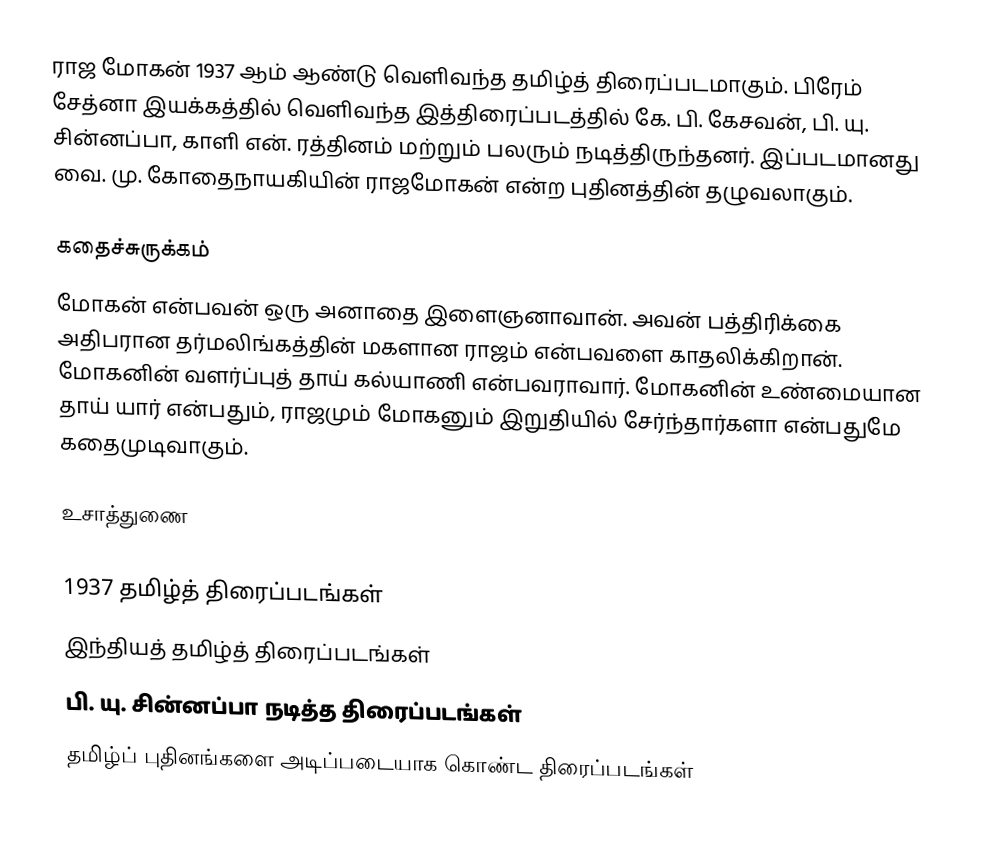
ராஜ மோகன் 1937 ஆம் ஆண்டு வெளிவந்த தமிழ்த் திரைப்படமாகும். பிரேம் சேத்னா இயக்கத்தில் வெளிவந்த இத்திரைப்படத்தில் கே. பி. கேசவன், பி. யு. சின்னப்பா, காளி என். ரத்தினம் மற்றும் பலரும் நடித்திருந்தனர். இப்படமானது வை. மு. கோதைநாயகியின் ராஜமோகன் என்ற புதினத்தின் தழுவலாகும்.

கதைச்சுருக்கம்
மோகன் என்பவன் ஒரு அனாதை இளைஞனாவான். அவன் பத்திரிக்கை அதிபரான தர்மலிங்கத்தின் மகளான ராஜம் என்பவளை காதலிக்கிறான். மோகனின் வளர்ப்புத் தாய் கல்யாணி என்பவராவார். மோகனின் உண்மையான தாய் யார் என்பதும், ராஜமும் மோகனும் இறுதியில் சேர்ந்தார்களா என்பதுமே கதைமுடிவாகும்.

உசாத்துணை

1937 தமிழ்த் திரைப்படங்கள்
இந்தியத் தமிழ்த் திரைப்படங்கள்
பி. யு. சின்னப்பா நடித்த திரைப்படங்கள்
தமிழ்ப் புதினங்களை அடிப்படையாக கொண்ட திரைப்படங்கள்